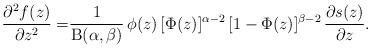
LaTeX: \begin{align*}\frac{\partial^2 f(z)}{\partial z^2}=&\frac{1}{\mathrm{B}(\alpha,\beta)}\,\phi(z)\,[\Phi(z)]^{\alpha-2}\,[1-\Phi(z)]^{\beta-2}\,\frac{\partial s(z)}{\partial z}.\end{align*}